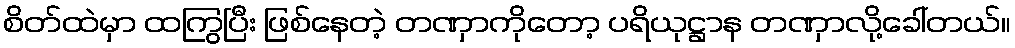
စိတ်ထဲမှာ ထကြွပြီး ဖြစ်နေတဲ့ တဏှာကိုတော့ ပရိယုဋ္ဌာန တဏှာလို့ခေါ်တယ်။